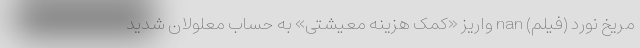
مریخ نورد (فیلم) nan واریز «کمک هزینه معیشتی» به حساب معلولان شدید